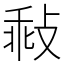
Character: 㪓